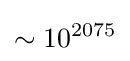
\sim 10^{2075}\,\!